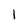
Character: 1